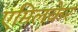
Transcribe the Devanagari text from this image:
एमिलकेर